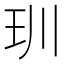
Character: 玔